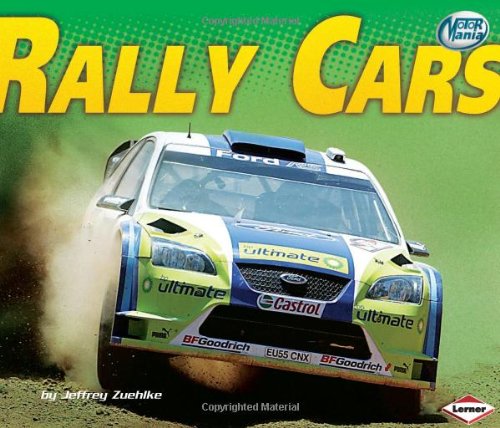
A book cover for Rally Cars (Motor Mania); Jeffrey Zuehlke; Children's Books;